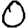
Digit: 0